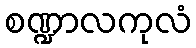
စဏ္ဍာလကုလံ